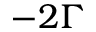
- 2 \Gamma